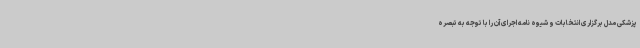
پزشکی مدل برگزاری انتخابات و شیوه نامه اجرای آن را با توجه به تبصره